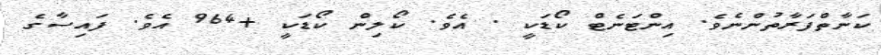
ކަނާތްފަރާތުންނެވެ. އިންޓަނެޓް ކޯޑަކީ . އެވެ. ކޯލިން ކޯޑަކީ +964 އެވެ. ފައިސާގެ